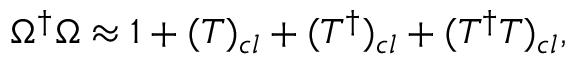
\Omega ^ { \dagger } \Omega \approx 1 + ( T ) _ { c l } + ( T ^ { \dagger } ) _ { c l } + ( T ^ { \dagger } T ) _ { c l } ,